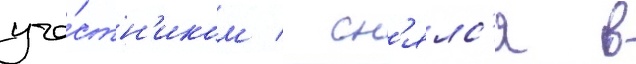
уча́стн'иком / сн'ялс'я в